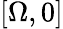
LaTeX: [\Omega,0]